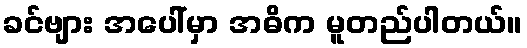
ခင်ဗျား အပေါ်မှာ အဓိက မူတည်ပါတယ်။